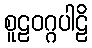
စူဠဝဂ္ဂပါဠိ